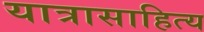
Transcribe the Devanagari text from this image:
यात्रासाहित्य